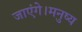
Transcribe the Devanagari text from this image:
जाएंगे।मनुष्य